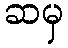
ဆမှ